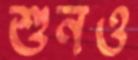
শুনও